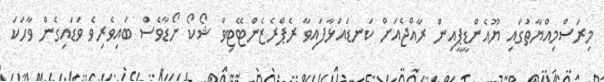
މިރަސްމިއްޔާތުގައި ޔޫއެންޑީޕީއިން ރާއްޖެއަށް ކަނޑައަޅާފައިވާ ރެޕްރެޒެންޓޭޓިވް ޝޯކޯ ނޯޑާވެސް ބައިވެރިވެ ވަޑައިގެން ވާހަކަ